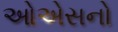
ઓએસનો